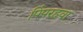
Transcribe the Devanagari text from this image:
पिंपरहवा